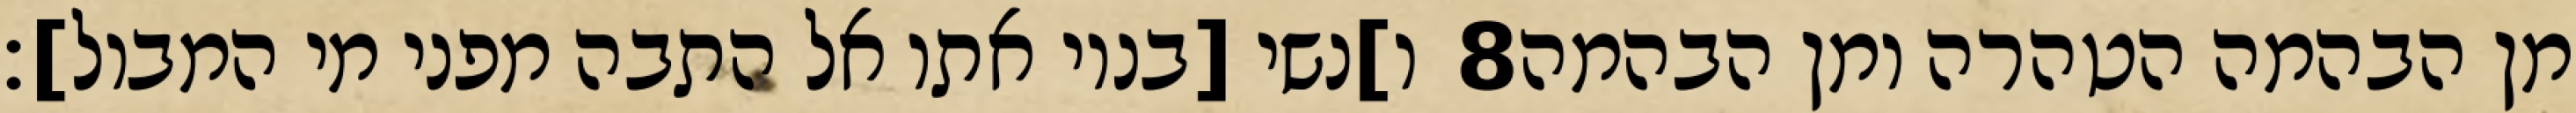
ו]נשי [בניו אתו אל התבה מפני מי המבול]׃ ‎8‏ מן הבהמה הטהרה ומן הבהמה